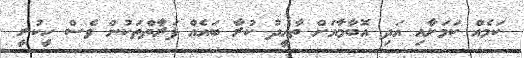
ކަމެއް ކަމަށާއި އަދި އޮބާމާއަށް ތާއީދު ކުރާ ބައެއް ފަރާތްތަކުން ވެސް ހީކުރީ